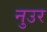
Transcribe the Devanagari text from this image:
नुउर